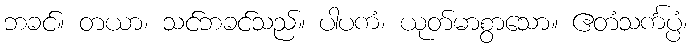
ဘခင်။ တယာ၊ သင်ဘခင်သည်။ ပါပကံ၊ ယုတ်မာစွာသော။ ဧတံသင်္ကပ္ပံ၊